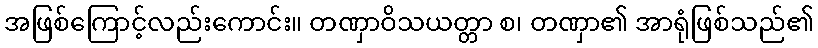
အဖြစ်ကြောင့်လည်းကောင်း။ တဏှာဝိသယတ္တာ စ၊ တဏှာ၏ အာရုံဖြစ်သည်၏